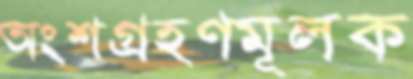
অংশগ্রহণমূলক